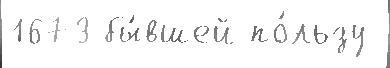
1673 бы́вшей по́льзу